Vital statistics of India. Vol. VI, European troops 1870-79
Year: 1870
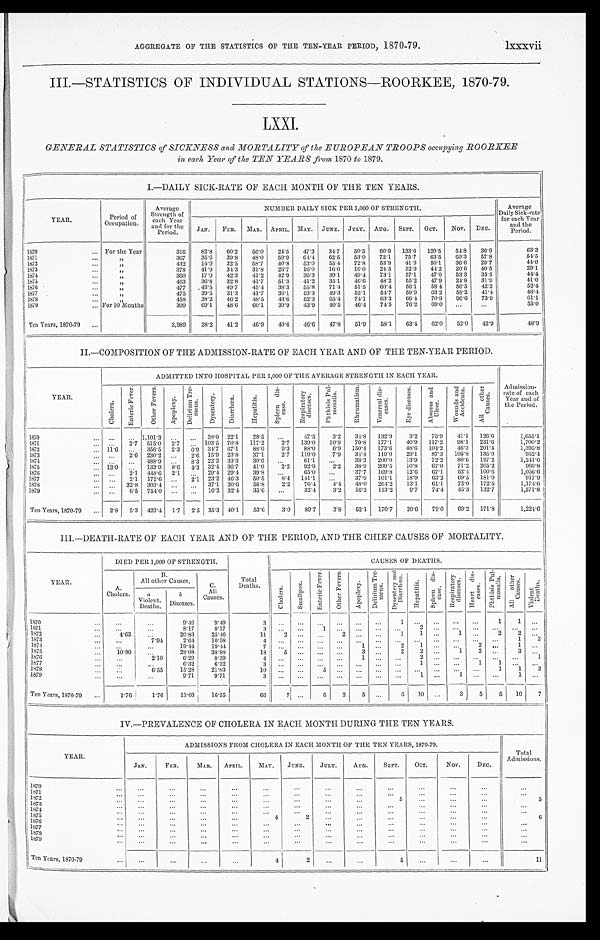
AGREGATE OF THE STATISTICS OF THE TEN-YEAR PERIOD, 187 0-79.
lxxxvii
III.—STATISTICS OF INDIVIDUAL STATIONS-ROORKEE, 1870-79.
LXXI.
GENERAL STATISTICS of SICKNESS and MORTALITY of the EUROPEAN TROOPS occupying ROORKER
in each Year of the TEN YEARS from, 1870 to 1879.
I.—DAILY SICK-RATE OF EACH MONTH OF THE TEN YEARS.
YEAR.
Period of
Occupation.
Average
Strength of
each Year
and for the
Period.
NUMBER DAILY SICK PER 1,000 OF STRENGTH.
Average
Daily Sick-rate
for each Year
and the
Period.
JAN.
FEB.
MAR.
APRIL. MAY.
JUNE.
JULY.
AUG.
SEPT.
OCT.
Nov.
DEC.
1870
For the Year
316
82.8
60.2
56.0
24.5
47.3
34.7
50.5
60.9
133.6
120.5
51.8
36.9
63.3
1871
„
367
35.6
39.8
48.0
59.9
64.4
62.5
53.0
72.1
75.7
63.5
60.3
57.8
54.5
1872
„
432
14.9
32.5
58.7
40.8
53.0
55.4
72.8
53.9
41.9
50.1
36.6
29.7
44.0
1873
„
378
41.9
34.3
31.8
26.7
16.0
16.0
16.0
24.5
32.9
44.2
20.6
40.5
2 9 . 1 4 4 . 4
1874
„
3 6 0
17.9
42.3
41.2
42.9
36.3
39.1
49.4
73.1
57.1
47.0
53.3
35.5
1875
„
463
36.8
32.8
41.7
51.3
41.2
3 5 . 1
46.6
48.2
55.2
47.9
24.8
31.9
41.0
1876
„
477
43.5
49.7
45.4
38.3
55.8
71.4
51.5
60.4
56.1
58.4
56.5
42.3
52.4
1877
„
4 7 5
39.5
31.3
41.7
36.1
53.3
49.3
52.1
54.7
59.9
63.2
58.2
41.4
48.4
1878
„
458
38.2
46.2
48.5
43.6
52.3
65.4
74.1
63. 3
66.4
70.9
96.6
73.9
61.1
1879
For 10 Months
309
69.1
48.6
60.1
39.9
43.9
40.5
46.4
74.5
76.2
6 9 . 0
55.0
Ten Years, 1870-79
3,989
38.2
41.2
46.9
40.6
46.6
47.8
51.9
58.1
63.4
62.0
52.0
42.9
48.9
II.—COMPOSITION OF THE ADMISSION-RATE OF EACH YEAR AND OF THE TEN-YEAR PERIOD.
YEAR.
ADMITTED INTO HOSPITAL PER 1,000 OF THE AVERAGE STRENGTH IN EACH YEAR.
Admission-
rate of each
Year and of
the Period.
C h o l e r a .
E n t e r i c F e v e r .
O t h e r F e v e r s .
A p o p l e x y .
D e l i r i u m T r e -
m e n s .
D y s e n t e r y .
D i a r r h œ a .
H e p a t i t i s .
S p l e e n d i s -
e a s e .
R e s p i r a t o r y d i s e a s e s .
P h t h i s i s P u l -
m o n a l i s .
R h e u m a t i s m .
V e n e r e a l d i s - e a s e s .
E y e d i s e a s e s .
A b s c e s s a n d U l c e r .
W o u n d s a n d A c c i d e n t s .
A l l o t h e r C a u s e s .
1870
1,101.3
38.0 22.1
28.5
47.5
3.2
34.8
132.9
3.2
75.9
41.1
126.6
1,655.1
1871
2.7 515.0
2.7
103.5 70.8
117.2
2.7
139.0
10.9
70.8
177.1
40.9
117.2
98.1
231.6
1,700.2
1872
11.6
356.5
2.3
6.9 34.7 67.1
88.0
9 . 3 88.0
6.9
150.4
173.6
48.6
104.2
46.3
201.4
1,395.8
1873
2.6
230.2
2.6
15.9
23.8
37.1
2.7
119.0
7.9
34.4
119.0
29.1
87.3
105.8
135.0
952.4
1874
488.9
8.3
22.2 33.3
30.6
61.1
33.3
200.0
13.9
72.2
80.6
197.2
1,241.6
1875
13.0
133.9
8.6
4.3
32.4 36.7
41.0
2.2
92.9
2.2
38.9
209.5
10.8
67.0
71.2
205.2
969.8
1876
2.1
448.6
2.1
29.4 29.4
39.8
65.0
37.7
169.8
12.6
67.1
52.4
100.6
1,056.6
1877
2.1
172.6
2.1
23.2 46.3
50.5
8 . 4
141.1
37.9
101.1
18.9
63.2
69.5
181.0
917.9
1878
32.8
303.4
37.1
30.6
56.8
2.2
76.4
4.4
48.0
264.2
13.1
61.1
72.0
172.5
1,174.6
1879
6.5
754.0
16.2 32.4
35.6
32.4
3.2
16.2
113.2
9 . 7
74.4
45.3
132.7
1,271.8
Ten Years, 1870-79
2.8
5.3
423.4
1.7
2.5 35.3 40.1
53.6
3.0
89.7
3.8
52.1
170.7
20.6
79.0
69.2
171.8
1,224.6
III.—DEATH-RATE OF EACH YEAR AND OF THE PERIOD, AND THE CHIEF CAUSES OF MORTALITY.
YEAR.
DIED PER 1,000 OF STRENGTH.
Total
Deaths.
CAUSES OF DEATHS.
A.
Cholera.
B.
All other Causes.
C.
All
Causes.
C h o l e r a .
S m a l l p o x .
E n t e r i c F e v e r .
O t h e r F e v e r s .
A p o p l e x y .
De l i r i u m T r e -
mens.
D y s e n t e r y a n d D i a r r h œ a .
H e p a t i t i s .
S p l e e n d i s -
e a s e
.
R e s p i r a t o r y d i s e a s e s . H e a r t d i s -
e a s e s .
P h t h i s i s P u l -
m o n a l i s .
A l l o t h e r a u s e s .
V i o l e n t D e a t h s .
a
Violent.
b
Diseases.
1 8 7 0
9.49
9.49
3
1
1
1
1871
8.17
8.17
3
1
2
1 8 7 2
4.63
20.83
25.46
11
2
2
1
1
1
2
2
1 8 7 3
7.94
2.64
10.58
4
1
3
1874
19.44
19.44
7
1
2
1
2
1
1875
10.80
28.08
38.88
18
5
3
2
2
1
2
3
1876
2.10
6.29
8.39
4
1
2
1
1877
6.32
6.32
3
1
1
1
1 8 7 8
6 . 5 5
15.28
21.83
10
5
1
1
3
1 8 7 9
9.71
9.71
3
1
1
1
Ten Years, 1870-79
1.76 1.76
13.03
16.55
66
7
6
2
5
6 10
3
5
5
10
7
IV.—PREVALENCE OF CHOLERA IN EACH MONTH DURING THE TEN YEARS.
YEAR.
ADMISSIONS FROM CHOLERA IN EACH MONTH OF THE TEN YEARS, 1870-79.
Total
Admissions.
JAN.
FEB.
MAR.
APRIL.
MAY.
JUNE.
JULY.
AUG .
SEPT.
OCT.
Nov.
DEC.
1870
1 8 7 1
1 8 7 2
5
5
1 8 73
1874
1875
4
2
6
1 8 7 6
1877
1878
1879
Ten Years, 1870-79
4
2
5
11